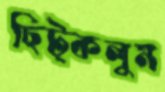
ছিট্‌কলুম